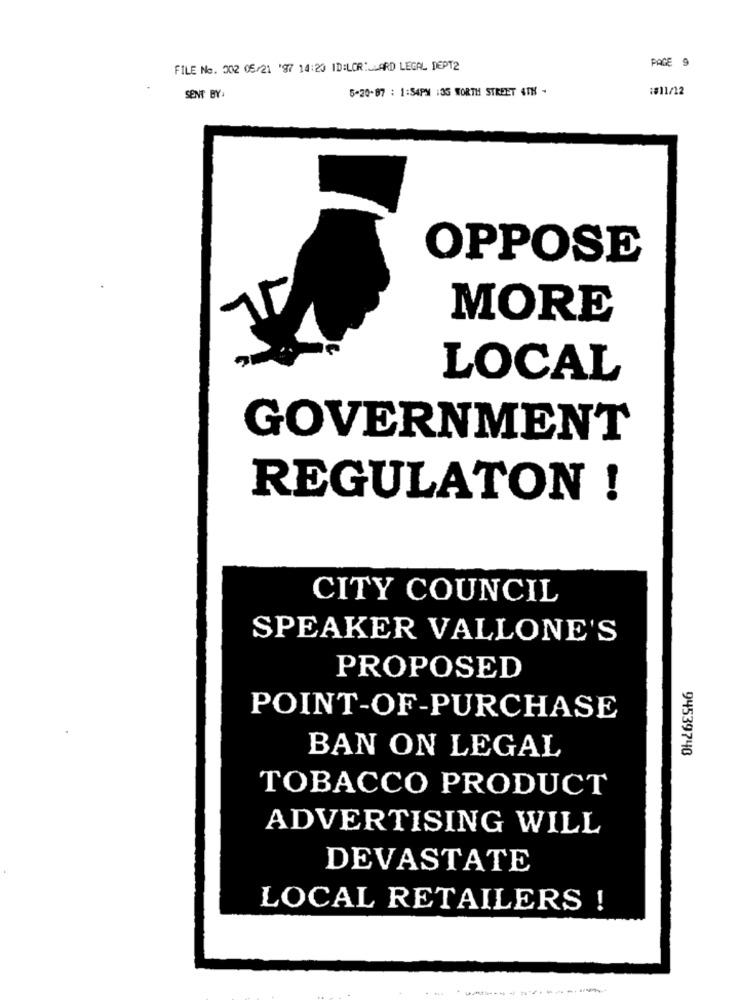
FILE No. 302 05/21 '97 14:20 ID:LORILLARD LEGAL DEPT2
PAGE 9
5-20-87 : 1:54PM :35 WORTH STREET 4TH -
:#11/12
SENT BY:
OPPOSE
MORE
LOCAL
GOVERNMENT
REGULATON !
CITY COUNCIL
SPEAKER VALLONE'S
PROPOSED
POINT-OF-PURCHASE
94539740
BAN ON LEGAL
TOBACCO PRODUCT
ADVERTISING WILL
DEVASTATE
LOCAL RETAILERS !
--